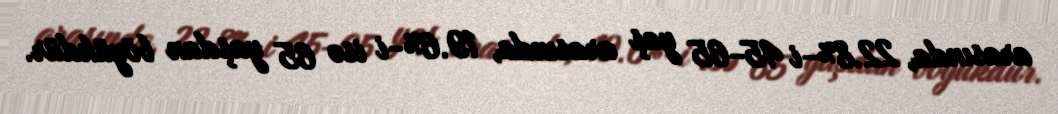
arasında, 22.8%-i 45-65 yaş arasında, 19.6%-i isə 65 yaşdan böyükdür.